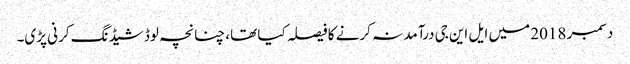
دسمبر 2018 میں ایل این جی درآمد نہ کرنے کا فیصلہ کیا تھا، چنانچہ لوڈ شیڈنگ کرنی پڑی۔